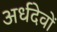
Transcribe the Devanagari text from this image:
अर्धदेवों